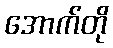
အောက်တို